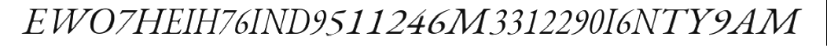
EWO7HEIH76IND9511246M3312290I6NTY9AM